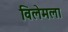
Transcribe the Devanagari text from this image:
विलेमला